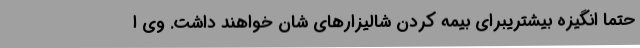
حتما انگیزه بیشتریبرای بیمه کردن شالیزارهای شان خواهند داشت. وی ا